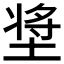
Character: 𰊈